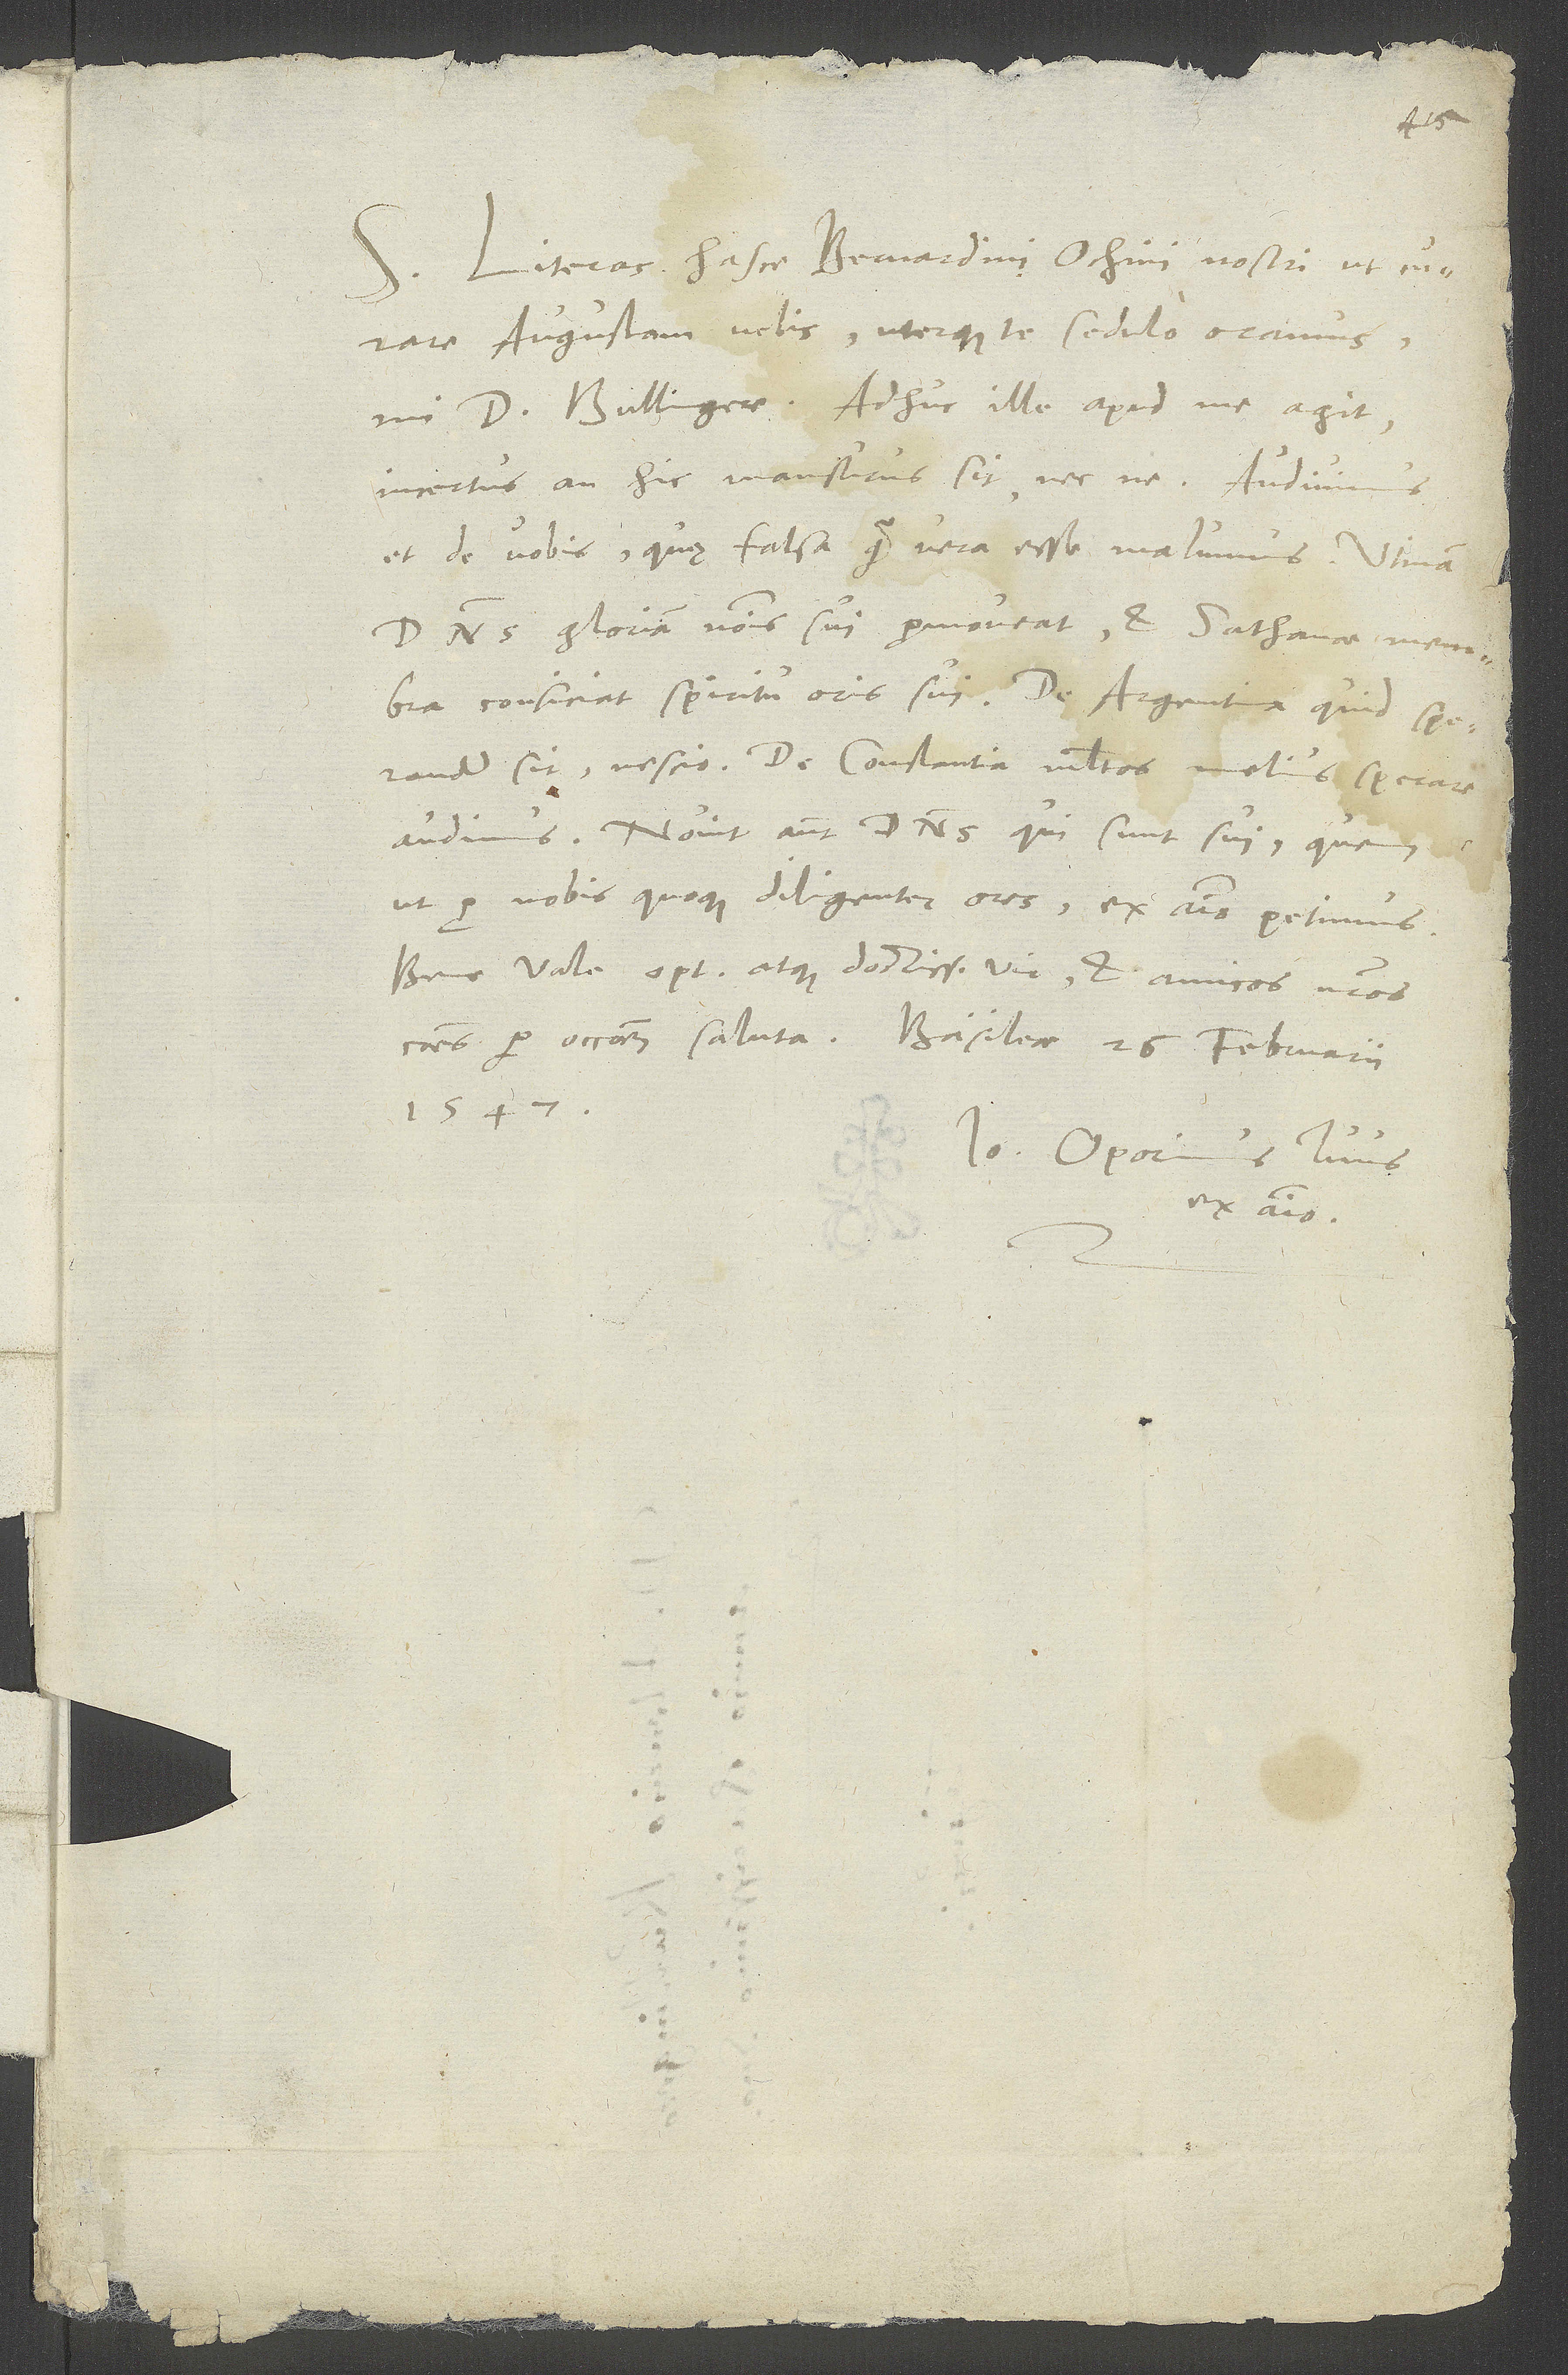
S. Literas hasce Bernardini Ochini nostri ut curare
Augustam velis, uterque te sedulo oramus,
mi d. Bullingere. Adhuc ille apud me agit,
incertus, an hic mansurus sit necne. Audivimus
et de vobis, quę falsa quam vera esse malumus. Utinam
dominus gloriam nominis sui promoveat et sathanae membra
conficiat spiritu oris sui! De Argentina quid sperandum
sit, nescio. De Constantia multos melius sperare
audimus. Novit autem dominus, qui sunt sui; quem
ut pro nobis quoque diligenter ores, ex animo petimus.
Bene vale, optime atque doctissime vir, et amicos nostros
communes per occasionem saluta. Basileae, 26. februarii
1547.
Io. Oporinus, tuus
ex animo.